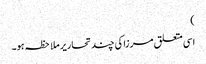
)
اسی متعلق مرزا کی چند تحاریر ملاحظہ ہو۔